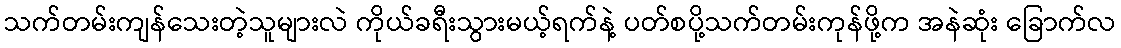
သက်တမ်းကျန်သေးတဲ့သူများလဲ ကိုယ်ခရီးသွားမယ့်ရက်နဲ့ ပတ်စပို့သက်တမ်းကုန်ဖို့က အနဲဆုံး ခြောက်လ